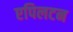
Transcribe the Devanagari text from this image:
एपिलटन